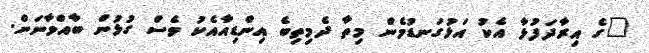
"ގެ އިރާދަފުޅާ އެކު އަޅުގަނޑުމެން މިތާ ދެމިތިބެ އިންޑިއާއެކު ވެސް ގުޅުން ބާއްވާނަން.